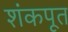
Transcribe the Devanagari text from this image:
शंकपूत